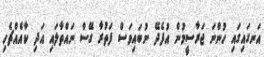
އަނގައިގައި ހުންނަ ޖަރާސީމުން އުފެދޭ ނުބައިވަސް ފަތުރާ ގޭސް ނައްތާލައި އަދި ކާއެއްޗެހި